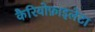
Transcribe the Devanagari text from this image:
कैरियोफ़ाइलेटा